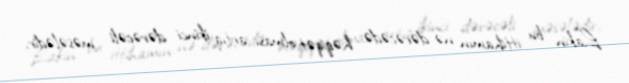
Lakin bu ittihamın nə dərəcədə həqiqət olması artıq ikinci dərəcəli məsələdir,